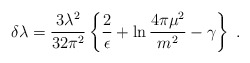
\begin{align*}\delta \lambda =\frac{3\lambda^2}{32\pi^2}\left\{\frac{2}{\epsilon}+\ln{\frac{4\pi\mu^2}{m^2}}-\gamma\right\} \; .\end{align*}